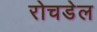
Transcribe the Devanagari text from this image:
रोचडेल